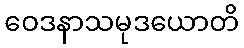
ဝေဒနာသမုဒယောတိ